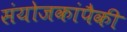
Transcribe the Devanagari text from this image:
संयोजकांपैकी